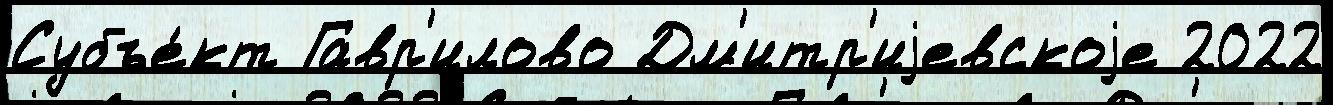
Субъе́кт Гавр'илово Дм'итр'иjевскоjе 2022